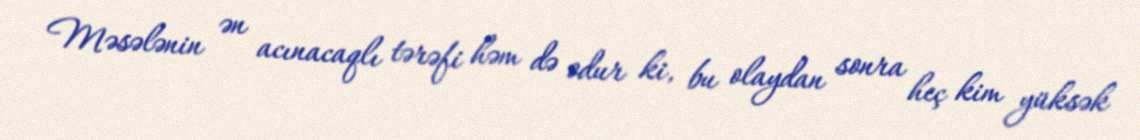
Məsələnin ən acınacaqlı tərəfi həm də odur ki, bu olaydan sonra heç kim yüksək